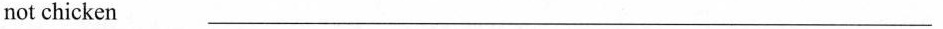
not chicken ___